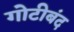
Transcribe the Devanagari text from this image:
गोटीबंद